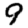
Digit: 9